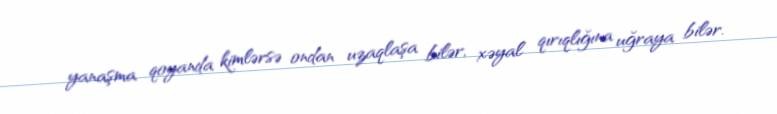
yanaşma qoyanda kimlərsə ondan uzaqlaşa bilər, xəyal qırıqlığına uğraya bilər.